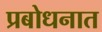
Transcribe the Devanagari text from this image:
प्रबोधनात